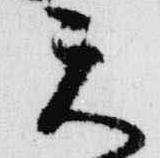
天